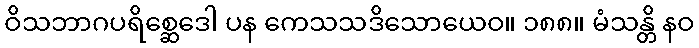
ဝိသဘာဂပရိစ္ဆေဒေါ ပန ကေသသဒိသောယေဝ။ ၁၈၈။ မံသန္တိ နဝ